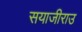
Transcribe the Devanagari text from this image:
सयाजीराउ